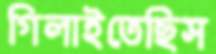
গিলাইতেছিস